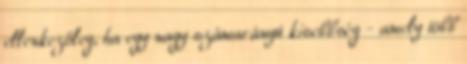
ellenkezőleg, ha egy nagy számarányú kisebbség - amely több